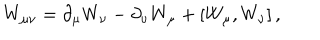
W _ { \mu \nu } = \partial _ { \mu } W _ { \nu } - \partial _ { \nu } W _ { \mu } + \left[ W _ { \mu } , W _ { \nu } \right] ,